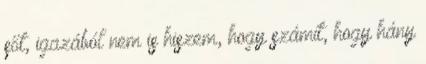
sőt, igazából nem is hiszem, hogy számít, hogy hány